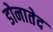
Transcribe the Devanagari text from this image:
डोनातेद